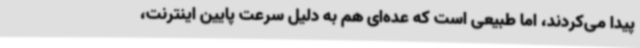
پیدا می‌کردند، اما طبیعی است که عده‌ای هم به دلیل سرعت پایین اینترنت،